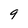
Character: q